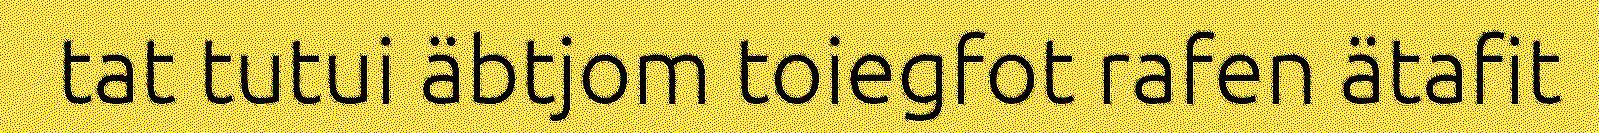
tat tutui äbtjom toiegfot rafen ätafit